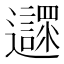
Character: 𨙎